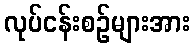
လုပ်ငန်းစဉ်များအား